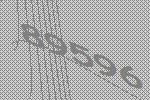
89596